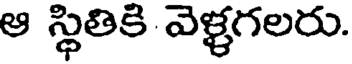
ఆ స్థితికి వెళ్ళగలరు.